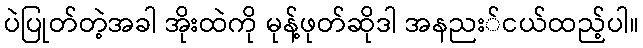
ပဲပြုတ်တဲ့အခါ အိုးထဲကို မုန့်ဖုတ်ဆိုဒါ အနညး်ငယ်ထည့်ပါ။